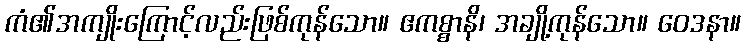
ကံ၏အကျိုးကြောင့်လည်းဖြစ်ကုန်သော။ ဧကစ္စာနိ၊ အချို့ကုန်သော။ ဝေဒနာ။